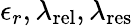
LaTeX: \epsilon_{r},\lambda_{\mathrm{{rel}}},\lambda_{\mathrm{{res}}}